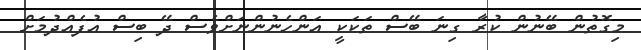
މިގޮތުން ބޭނުން ކުރާ ގިނަ ބޭސް ތަކަކީ އަންހެނުންނަށްވެސް ދޭ ބިސް އުފެއްދުމަށް